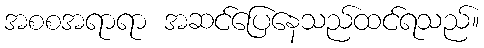
အစစအရာရာ အဆင်ပြေနေသည်ထင်ရသည်။